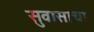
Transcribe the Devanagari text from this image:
सुवासाचा